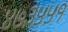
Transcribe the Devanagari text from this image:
४७३५५१